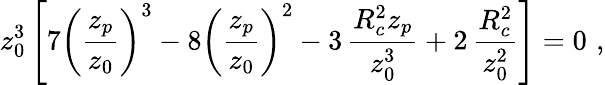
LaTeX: z_{0}^{3}\left[7\left(\frac{z_{p}}{z_{0}}\right)^{3}-8\left(\frac{z_{p}}{z_{0}}\right)^{2}-3\, \frac{R_{c}^{2}z_{p}}{z_{0}^{3}}+2\, \frac{R_{c}^{2}}{z_{0}^{2}}\right]=0\, \, ,